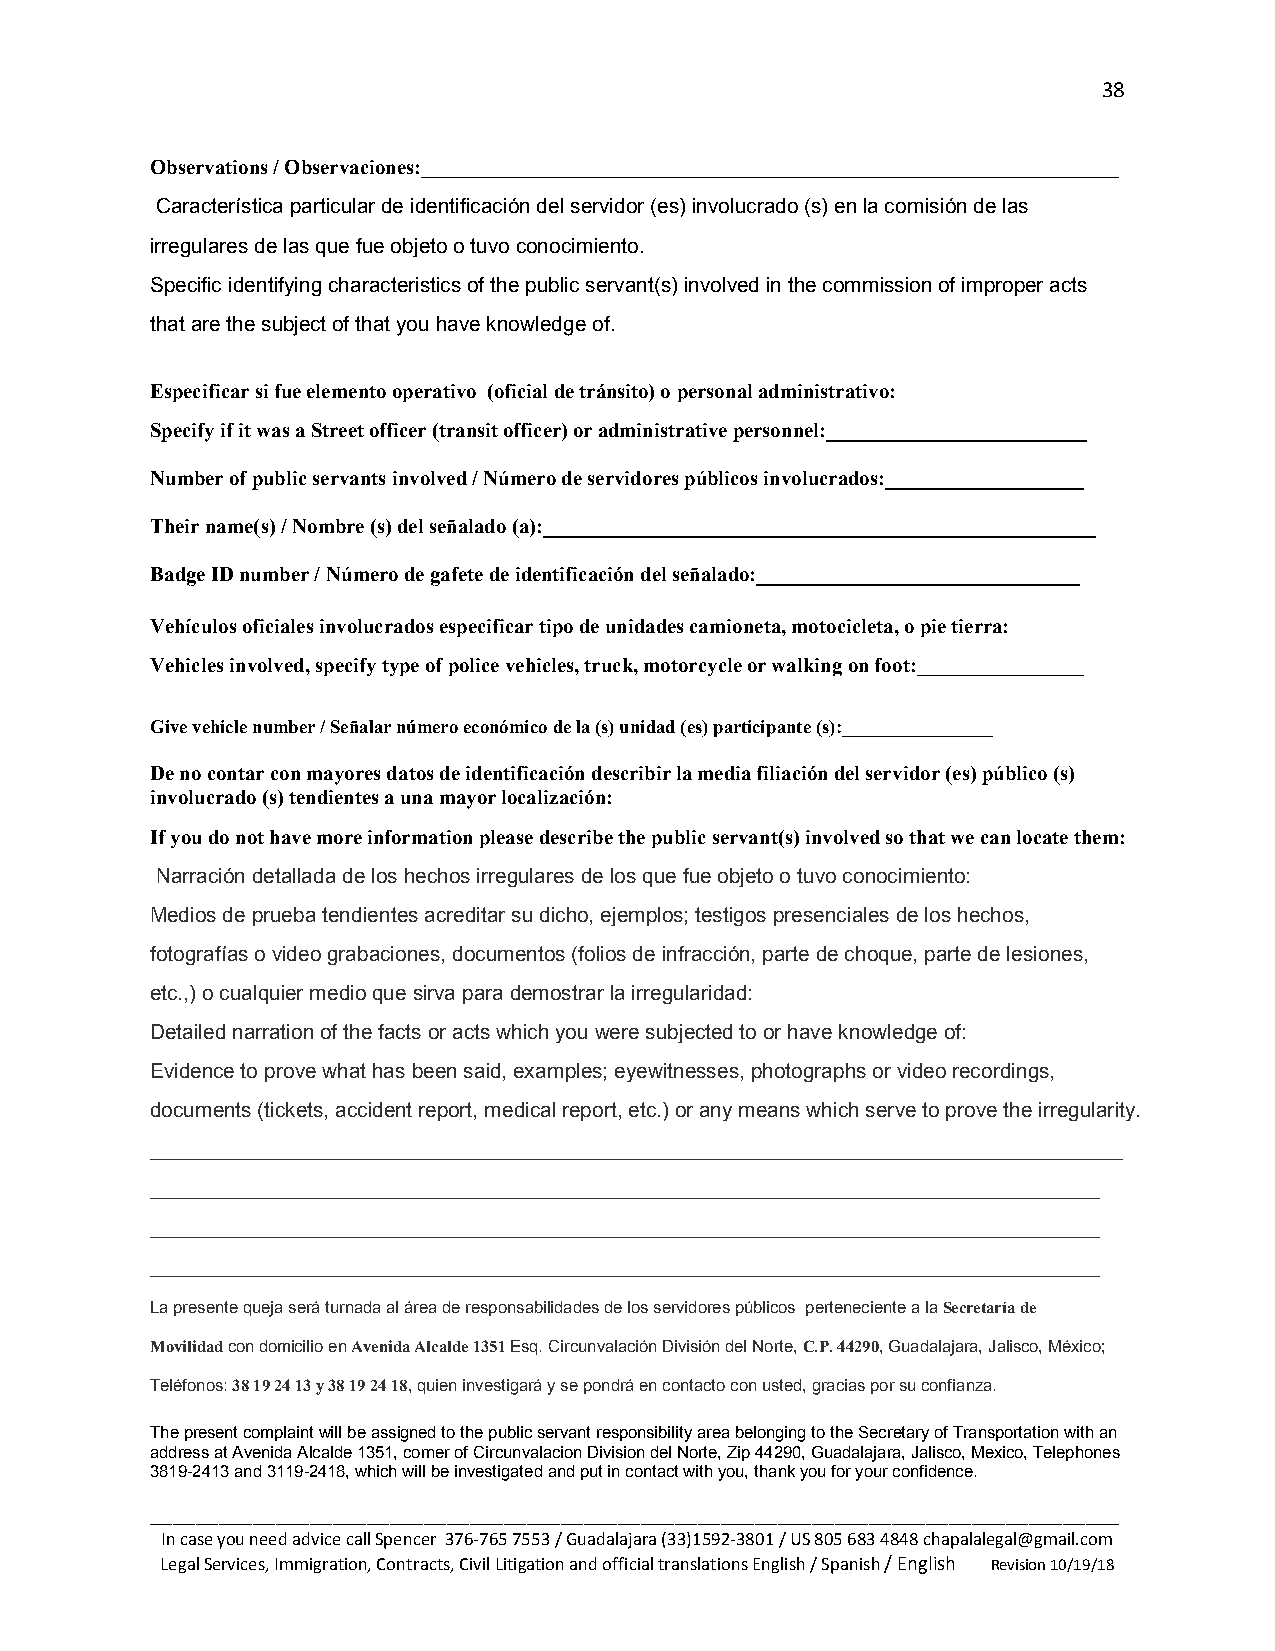
38
 Observations / Observaciones:___________________________________________________________________
 Característica particular de identificación del servidor (es) involucrado (s) en la comisión de las
 irregulares de las que fue objeto o tuvo conocimiento.
 Specific identifying characteristics of the public servant(s) involved in the commission of improper acts
 that are the subject of that you have knowledge of.
 Especificar si fue elemento operativo (oficial de tránsito) o personal administrativo:
 Specify if it was a Street officer (transit officer) or administrative personnel:_________________________
 Number of public servants involved / Número de servidores públicos involucrados:___________________
 Their name(s) / Nombre (s) del señalado (a):_____________________________________________________
 Badge ID number / Número de gafete de identificación del señalado:_______________________________
 Vehículos oficiales involucrados especificar tipo de unidades camioneta, motocicleta, o pie tierra:
 Vehicles involved, specify type of police vehicles, truck, motorcycle or walking on foot:________________
 Give vehicle number / Señalar número económico de la (s) unidad (es) participante (s):________________
 De no contar con mayores datos de identificación describir la media filiación del servidor (es) público (s)
 involucrado (s) tendientes a una mayor localización:
 If you do not have more information please describe the public servant(s) involved so that we can locate them:
 Narración detallada de los hechos irregulares de los que fue objeto o tuvo conocimiento:
 Medios de prueba tendientes acreditar su dicho, ejemplos; testigos presenciales de los hechos,
 fotografías o video grabaciones, documentos (folios de infracción, parte de choque, parte de lesiones,
 etc.,) o cualquier medio que sirva para demostrar la irregularidad:
 Detailed narration of the facts or acts which you were subjected to or have knowledge of:
 Evidence to prove what has been said, examples; eyewitnesses, photographs or video recordings,
 documents (tickets, accident report, medical report, etc.) or any means which serve to prove the irregularity.
 ____________________________________________________________________________________
 __________________________________________________________________________________
 __________________________________________________________________________________
 __________________________________________________________________________________
 La presente queja será turnada al área de responsabilidades de los servidores públicos perteneciente a la Secretaría de
 Movilidad con domicilio en Avenida Alcalde 1351 Esq. Circunvalación División del Norte, C.P. 44290, Guadalajara, Jalisco, México;
 Teléfonos: 38 19 24 13 y 38 19 24 18, quien investigará y se pondrá en contacto con usted, gracias por su confianza.
 The present complaint will be assigned to the public servant responsibility area belonging to the Secretary of Transportation with an
 address at Avenida Alcalde 1351, corner of Circunvalacion Division del Norte, Zip 44290, Guadalajara, Jalisco, Mexico, Telephones
 3819-2413 and 3119-2418, which will be investigated and put in contact with you, thank you for your confidence.
 _____________________________________________________________________________________
 In case you need advice call Spencer 376-765 7553 / Guadalajara (33)1592-3801 / US 805 683 4848 chapalalegal@gmail.com
 Legal Services, Immigration, Contracts, Civil Litigation and official translations English / Spanish / English Revision 10/19/18